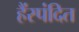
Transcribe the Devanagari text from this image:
हैंस्पंदित